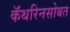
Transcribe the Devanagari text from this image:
कॅथरिनसोबत